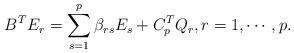
LaTeX: \begin{align*}\displaystyle B^TE_r = \sum_{s=1}^p \beta_{rs}E_s + C_p^TQ_r, r=1,\cdots, p.\end{align*}